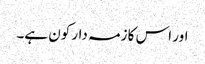
اور اس کا زمہ دار کون ہے۔